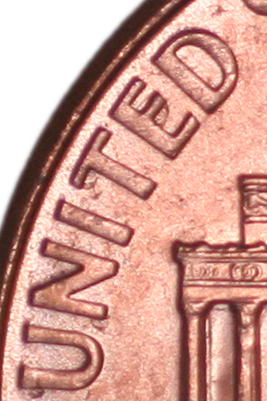
UNITED